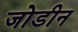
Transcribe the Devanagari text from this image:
जोडीन